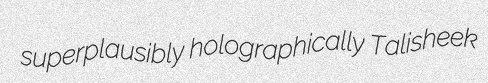
superplausibly holographically Talisheek